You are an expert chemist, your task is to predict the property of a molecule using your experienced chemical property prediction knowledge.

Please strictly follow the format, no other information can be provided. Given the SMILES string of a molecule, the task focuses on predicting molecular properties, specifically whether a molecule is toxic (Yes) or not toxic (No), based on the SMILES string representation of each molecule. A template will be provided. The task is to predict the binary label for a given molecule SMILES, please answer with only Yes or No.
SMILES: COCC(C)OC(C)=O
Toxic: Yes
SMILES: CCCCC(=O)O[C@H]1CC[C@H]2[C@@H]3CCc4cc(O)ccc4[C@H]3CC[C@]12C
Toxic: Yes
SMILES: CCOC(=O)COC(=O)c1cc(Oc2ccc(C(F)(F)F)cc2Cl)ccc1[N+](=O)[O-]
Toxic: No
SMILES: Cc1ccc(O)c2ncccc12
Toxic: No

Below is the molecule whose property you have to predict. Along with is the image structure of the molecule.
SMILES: C=CC(=O)OCCN(C)C
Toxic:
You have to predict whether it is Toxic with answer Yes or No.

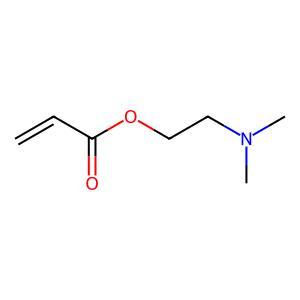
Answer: No